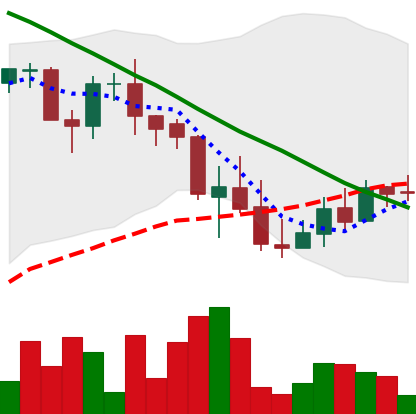
Ticker: LINK-USD
Chart end date: 2018-09-15
Forward return: 33.093%
Label: up_7plus